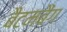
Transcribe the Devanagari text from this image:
बैटमबैंग